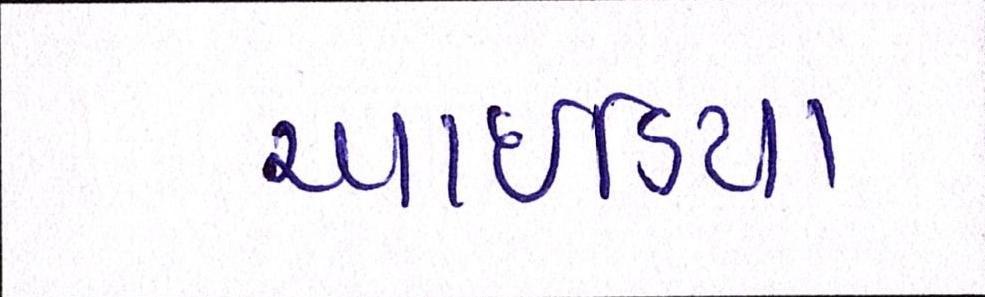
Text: આઇડિયા